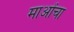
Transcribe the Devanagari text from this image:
माओंचा